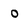
Character: 0